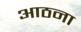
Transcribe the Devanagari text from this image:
आठना